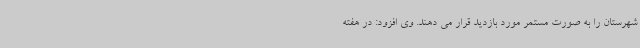
شهرستان را به صورت مستمر مورد بازدید قرار می دهند. وی افزود: در هفته